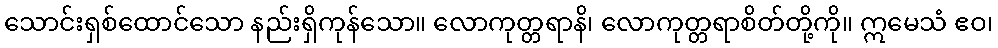
သောင်းရှစ်ထောင်သော နည်းရှိကုန်သော။ လောကုတ္တရာနိ၊ လောကုတ္တရာစိတ်တို့ကို။ ဣမေသံ ဧဝ၊